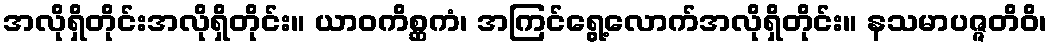
အလိုရှိတိုင်းအလိုရှိတိုင်း။ ယာဝကိစ္ဆကံ၊ အကြင်ရွေ့လောက်အလိုရှိတိုင်း။ နသမာပဇ္ဇတိဝိ၊